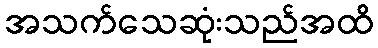
အသက်သေဆုံးသည်အထိ